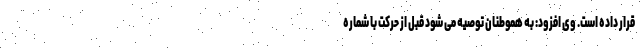
قرار داده است. وی افزود: به هموطنان توصیه می شود قبل از حرکت با شماره